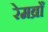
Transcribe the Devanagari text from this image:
रेमब्राँ